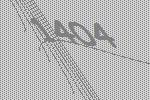
1404